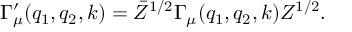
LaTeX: \Gamma _ { \mu } ^ { \prime } ( q _ { 1 } , q _ { 2 } , k ) = \bar { Z } ^ { 1 / 2 } \Gamma _ { \mu } ( q _ { 1 } , q _ { 2 } , k ) Z ^ { 1 / 2 } .